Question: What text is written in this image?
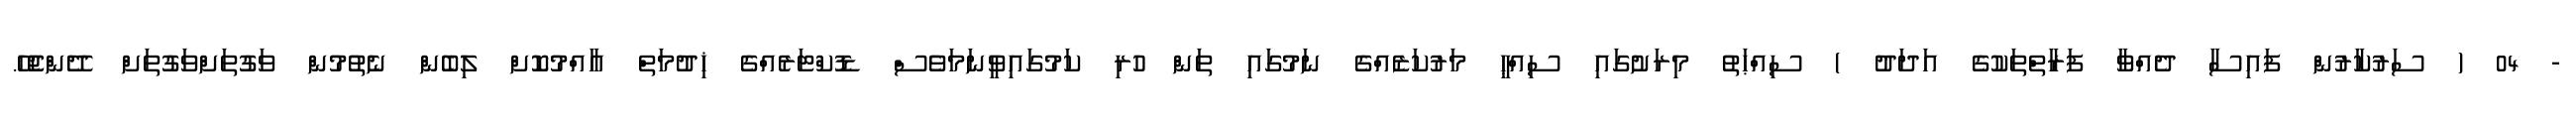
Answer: - 04 ( ސަރުކާރުން ފައިސާ ދެއްވާ ފަރާތްތަކުގެ އަދަދު ) ސިއްޙަތު މިރަށުގައި ސިއްޙީ މަރުކަޒެއްގެ ނަމުގައި ތަން ހުރި ކަމުގައިވީނަމަވެސް ޑޮކްޓަރެއްގެ ޚިދުމަތް އާއްމުކޮށް ލިބެން ނެތުމުން ވަގުތަށްވަގުތަށް ދޭންޖެހޭ.